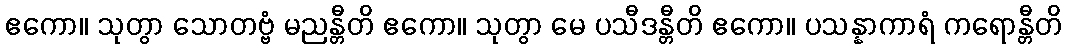
ဧကော။ သုတွာ သောတဗ္ဗံ မညန္တီတိ ဧကော။ သုတွာ မေ ပသီဒန္တီတိ ဧကော။ ပသန္နာကာရံ ကရောန္တီတိ